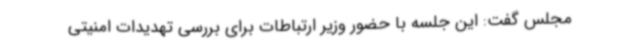
مجلس گفت: این جلسه با حضور وزیر ارتباطات برای بررسی تهدیدات امنیتی